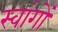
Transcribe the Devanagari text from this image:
स्वांगों